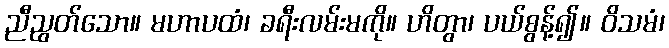
ညီညွတ်သော။ မဟာပထံ၊ ခရီးလမ်းမကို။ ဟိတွာ၊ ပယ်စွန့်၍။ ဝိသမံ၊